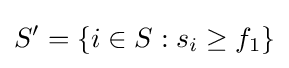
S'=\{i\in S:s_{i}\geq f_{1}\}